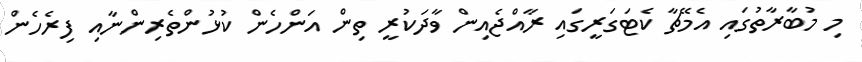
މި މުބާރާތުގައި އެމޭޗާ ކެޓަގަރީގައި ރާއްޖެއިން ވާދަކުރީ ތިން އަންހެން ކުޅުންތެރިންނާއި ފިރެހެން